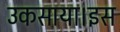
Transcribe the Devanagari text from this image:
उकसाया।इस